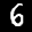
Label: 6